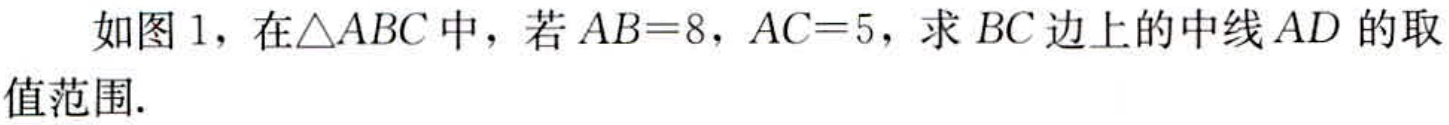
如图 1，在\(\triangle ABC\)中，若\(AB = 8\)，\(AC = 5\)，求 \(BC\)边上的中线\(AD\)的取值范围.